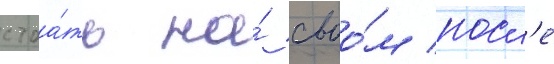
стоа́ть на́ своо́м посл'е